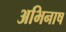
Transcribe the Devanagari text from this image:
अभिनाष